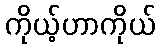
ကိုယ့်ဟာကိုယ်